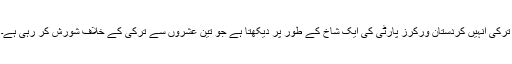
ترکی انہیں کردستان ورکرز پارٹی کی ایک شاخ کے طور پر دیکھتا ہے جو تین عشروں سے ترکی کے خلاف شورش کر رہی ہے۔